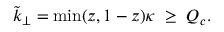
\tilde { k } _ { \perp } = \mathrm { m i n } ( z , 1 - z ) \kappa \; \geq \; Q _ { c } .